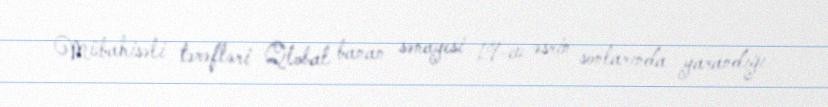
Mübahisəli tərəfləri Qlobal banan sənayesi 19-cu əsrin sonlarında yarandığı